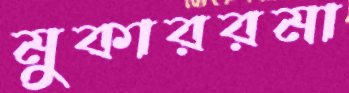
মুকাররমা